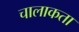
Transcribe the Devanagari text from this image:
चालाकता